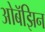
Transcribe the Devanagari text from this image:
ओबॅझिन